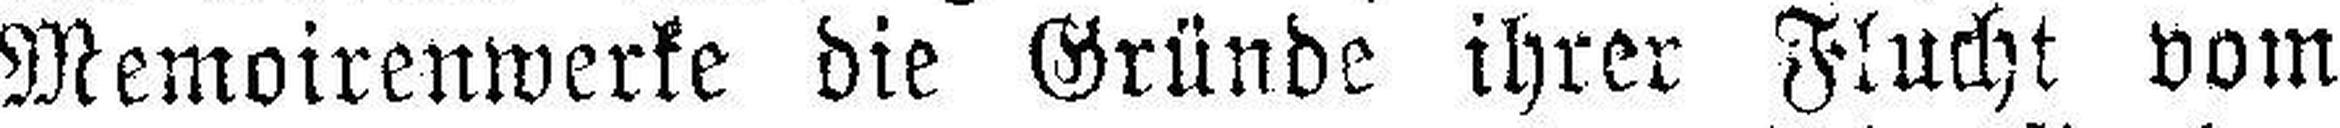
Memoirenwerke die Gründe ihrer Flucht vom